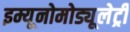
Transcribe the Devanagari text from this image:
इम्यूनोमोड्यूलेट्री